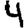
Digit: 4